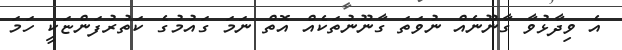
އެ ވިދާޅުވާ ގާނޫނެއް ނުވަތަ ގާނޫނުތަކެއް އޮތް ނަމަ ގައުމުގެ ކަތުރުފަންޏަކީ ހަމަ